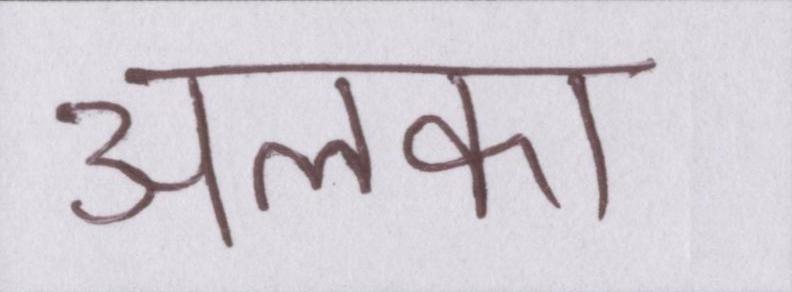
अलका